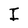
Character: I